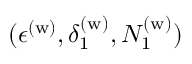
( \epsilon ^ { \mathrm { ( w ) } } , \delta _ { 1 } ^ { \mathrm { ( w ) } } , N _ { 1 } ^ { \mathrm { ( w ) } } )